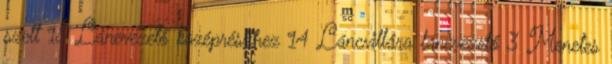
szett 18 Láncvezető középrészhez 14 Láncvillára láncvezető 3 Menetes